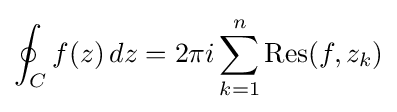
\oint _{C}f(z)\,dz=2\pi i\sum _{k=1}^{n}\operatorname {Res} (f,z_{k})